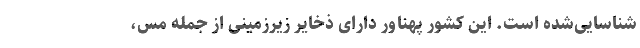
شناسایی‌شده است. این کشور پهناور دارای ذخایر زیرزمینی از جمله مس،